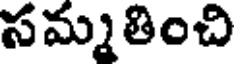
సమ్మ తించి